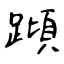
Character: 蹞